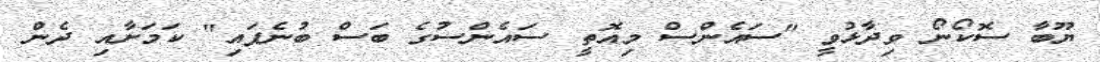
ޔޫބާ ސޮކޯނޯ ވިދާޅުވީ "ސައެންސް މިއޮތީ ސައެންސުގެ ބަސް ބުނެފައި" ކަމަށާއި ދެން